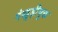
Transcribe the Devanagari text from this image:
पंखुड़ीयुक्त